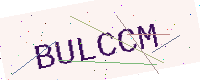
Text: BULCCM